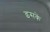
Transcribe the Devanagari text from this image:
इसकें